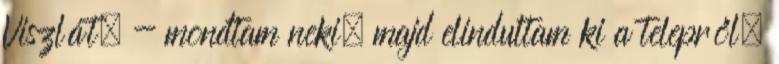
Viszlát. - mondtam neki, majd elindultam ki a telepről.